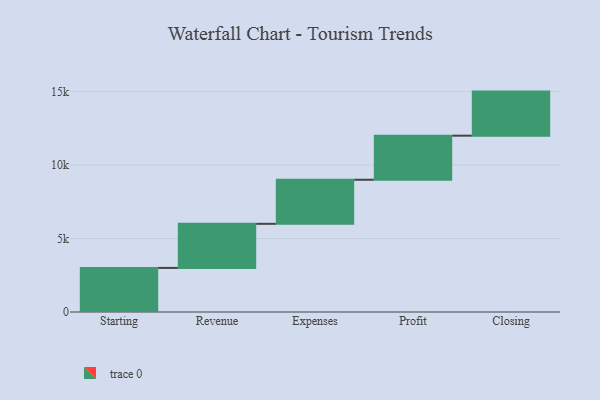
{"axis": {"x": "Step", "y": "Value"}, "legend": [""], "data": [{"x": "Starting", "y": 3000, "type": ""}, {"x": "Revenue", "y": 3000, "type": ""}, {"x": "Expenses", "y": 3000, "type": ""}, {"x": "Profit", "y": 3000, "type": ""}, {"x": "Closing", "y": 3000, "type": ""}]}